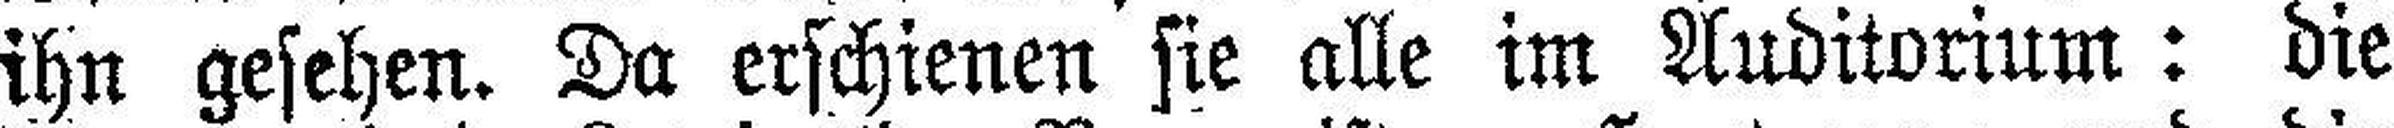
ihn gesehen. Da erschienen sie alle im Auditorium: die